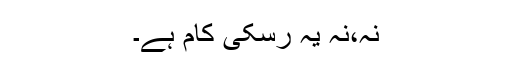
نہ،نہ یہ رسکی کام ہے۔